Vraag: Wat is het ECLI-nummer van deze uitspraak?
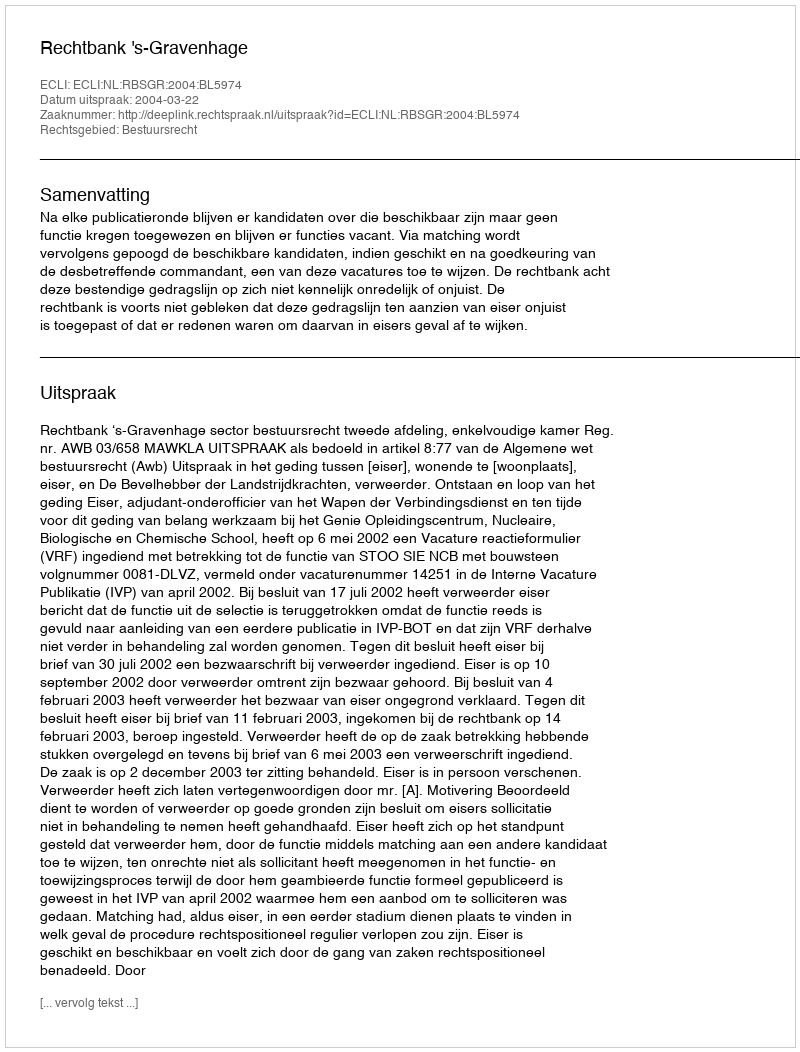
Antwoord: ECLI:NL:RBSGR:2004:BL5974